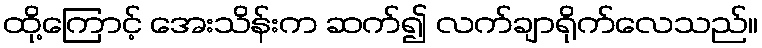
ထို့ကြောင့် အေးသိန်းက ဆက်၍ လက်ချာရိုက်လေသည်။